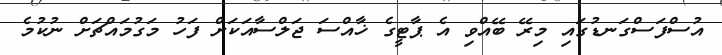
އުސްފަސްގަނޑުގައި މިރޭ ބޭއްވި އެ ޕާޓީގެ ޚާއްސަ ޖަލްސާއަކަށް ފަހު މަގުމައްޗަށް ނުކުމެ